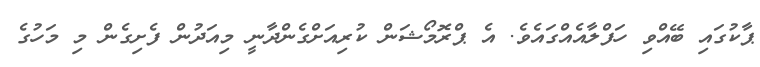
ޕާކުގައި ބޭއްވި ހަފްލާއެއްގައެވެ. އެ ޕްރޮމޯޝަން ކުރިއަށްގެންދާނީ މިއަދުން ފެށިގެން މި މަހުގެ